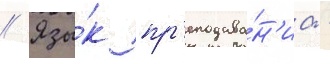
// Язы́к пр'еподава́н'иа -